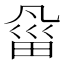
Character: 𰣇